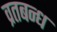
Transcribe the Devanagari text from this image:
व्रतबन्ध